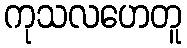
ကုသလဟေတူ